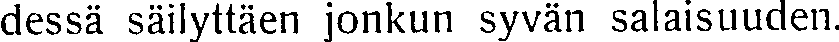
dessä säilyttäen jonkun syvän salaisuuden.